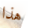
هذا